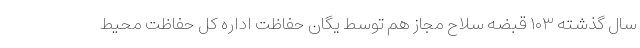
سال گذشته ۱۰۳ قبضه سلاح مجاز هم توسط یگان حفاظت اداره کل حفاظت محیط